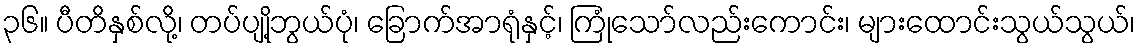
၃၆။ ပီတိနှစ်လို့၊ တပ်ပျို့ဘွယ်ပုံ၊ ခြောက်အာရုံနှင့်၊ ကြုံသော်လည်းကောင်း၊ များထောင်းသွယ်သွယ်၊